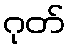
ဂုတ်